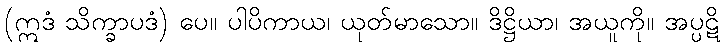
(ဣဒံ သိက္ခာပဒံ) ပေ။ ပါပိကာယ၊ ယုတ်မာသော။ ဒိဋ္ဌိယာ၊ အယူကို။ အပ္ပဋိ